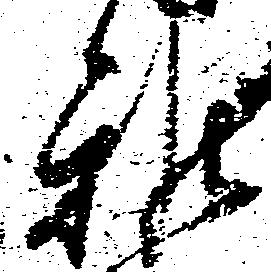
雅